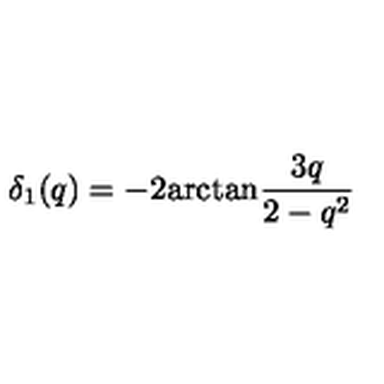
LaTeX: \delta _ { 1 } ( q ) = - 2 \mathrm { a r c t a n } \frac { 3 q } { 2 - q ^ { 2 } }